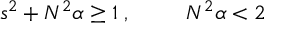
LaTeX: s ^ { 2 } + N ^ { 2 } \alpha \geq 1 \; , \; \; \; \; \; \; \; \; \; N ^ { 2 } \alpha < 2